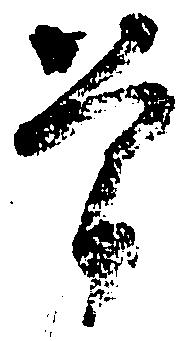
曽